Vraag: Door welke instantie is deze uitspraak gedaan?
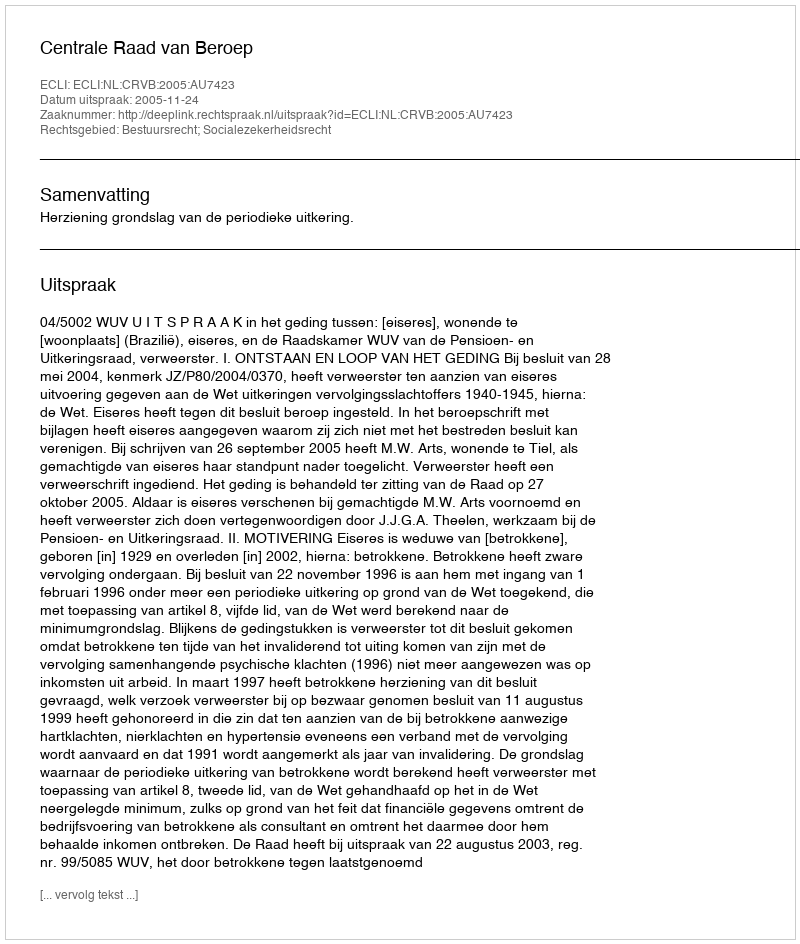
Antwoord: Centrale Raad van Beroep